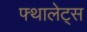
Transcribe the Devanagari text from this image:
फ्थालेट्स